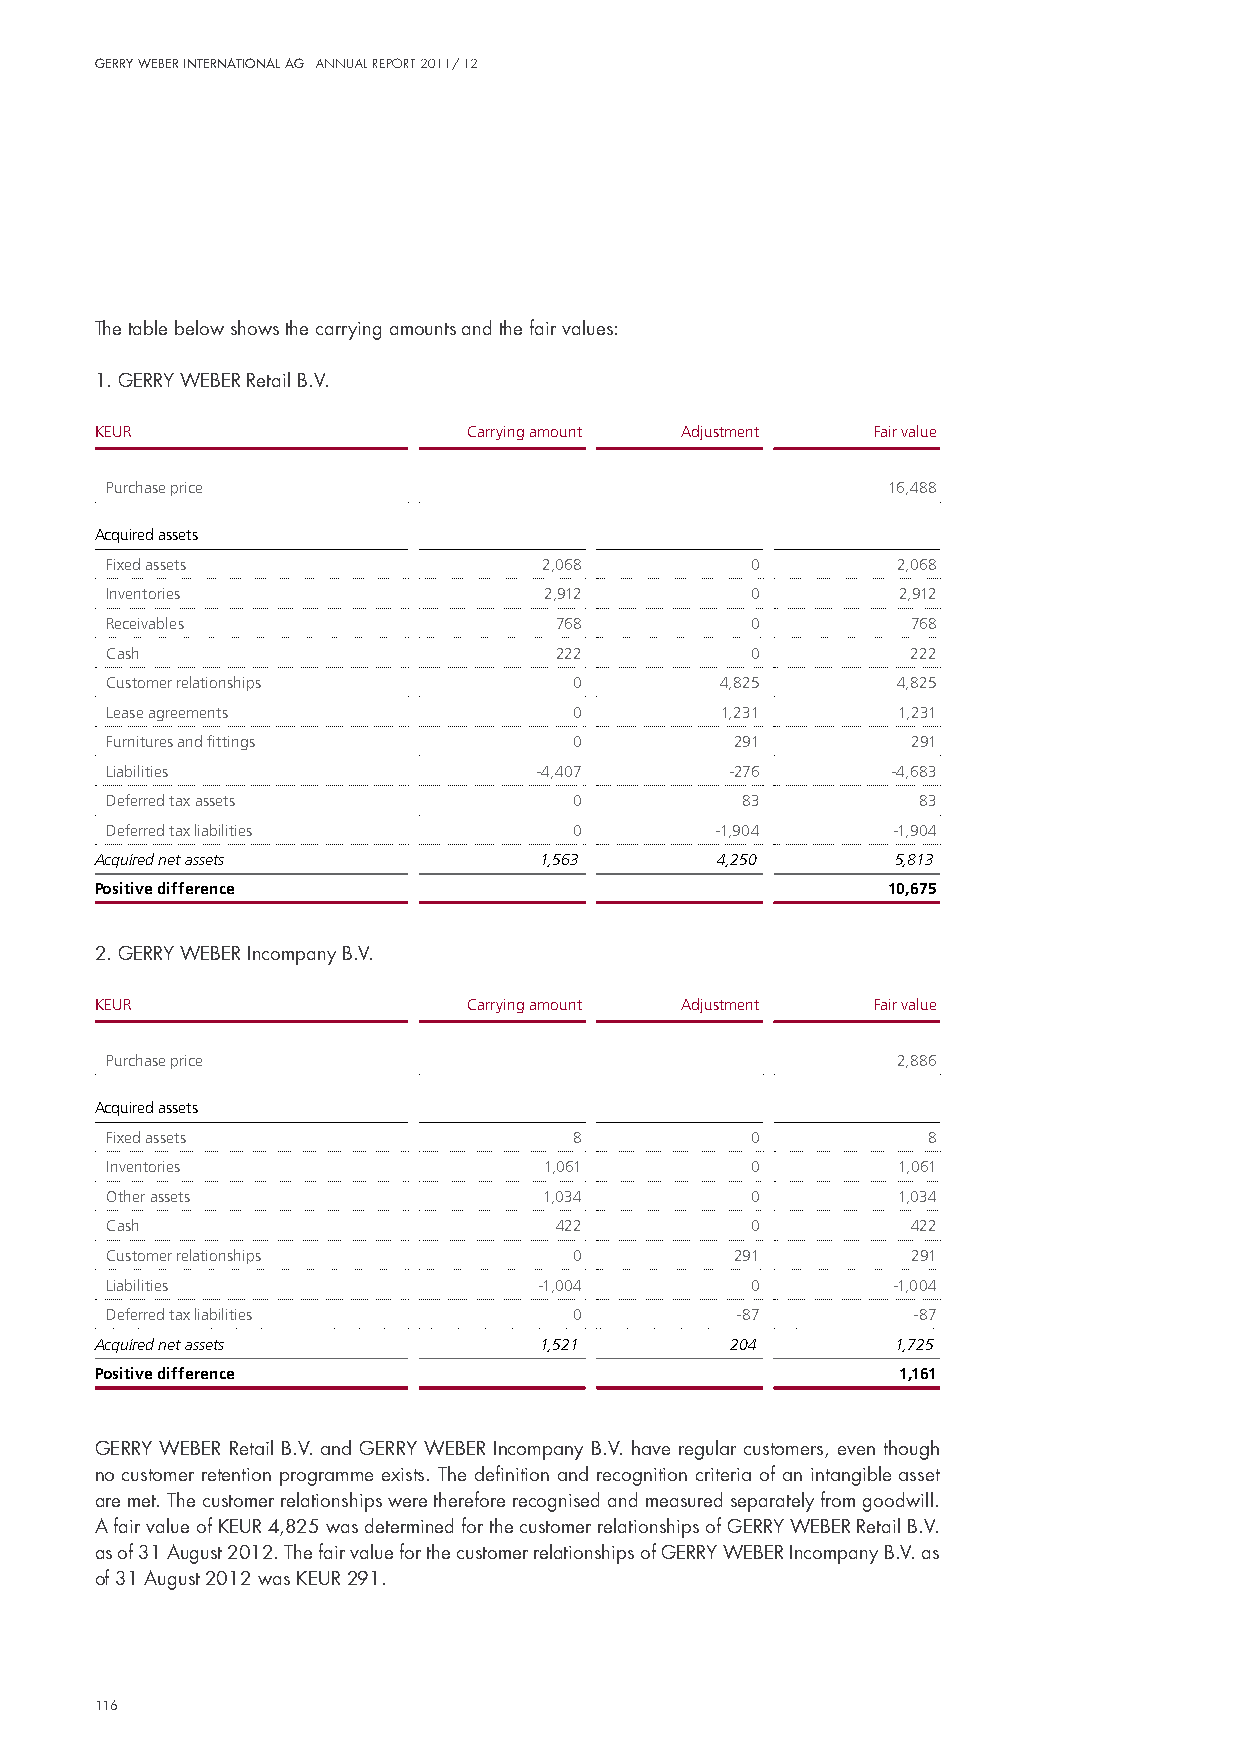
Gerry Weber InternatIonal aG annual report 2011/ 12
 The table below shows the carrying amounts and the fair values:
 1. GeRRY WeBeR Retail B.v.
 KEUR                     Carrying amount Adjustment Fair value
 Purchase price                                      16,488
 Acquired assets
 Fixed assets                 2,068         0        2,068
 Inventories                  2,912         0        2,912
 Receivables                   768          0         768
 Cash                          222          0         222
 Customer relationships         0         4,825      4,825
 Lease agreements               0         1,231      1,231
 Furnitures and fittings        0          291        291
 Liabilities                 -4,407       -276       -4,683
 Deferred tax assets            0          83          83
 Deferred tax liabilities       0        -1,904      -1,904
 Acquired net assets           1,563      4,250       5,813
 Positive difference                                  10,675
 2. GeRRY WeBeR incompany B.v.
 KEUR                     Carrying amount Adjustment Fair value
 Purchase price                                      2,886
 Acquired assets
 Fixed assets                   8           0          8
 Inventories                  1,061         0        1,061
 Other assets                 1,034         0        1,034
 Cash                          422          0         422
 Customer relationships         0          291        291
 Liabilities                  -1,004        0        -1,004
 Deferred tax liabilities       0          -87        -87
 Acquired net assets           1,521       204        1,725
 Positive difference                                  1,161
 GeRRY WeBeR Retail B.v. and GeRRY WeBeR incompany B.v. have regular customers, even though
 no customer retention programme exists. The definition and recognition criteria of an intangible asset
 are met. The customer relationships were therefore recognised and measured separately from goodwill.
 A fair value of KeuR 4,825 was determined for the customer relationships of GeRRY WeBeR Retail B.v.
 as of 31 August 2012. The fair value for the customer relationships of GeRRY WeBeR incompany B.v. as
 of 31 August 2012 was KeuR 291.
 116